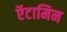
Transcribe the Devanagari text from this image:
ऍटामिन